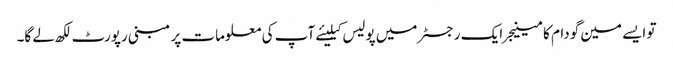
تو ایسے مین گودام کا مینیجر ایک رجسٹر میں پولیس کیلیئے آپ کی معلومات پر مبنی رپورٹ لکھ لے گا۔